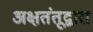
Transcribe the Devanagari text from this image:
अक्षतंतूद्वारा